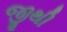
જીથી